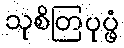
သုစိတြပုပ္ဖံ